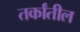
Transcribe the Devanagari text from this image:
तर्कांतील